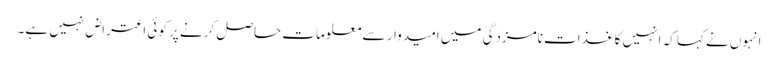
انہوں نے کہا کہ انہیں کاغذات نامزدگی میں امیدوار سے معلومات حاصل کرنے پر کوئی اعتراض نہیں ہے۔